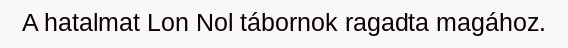
A hatalmat Lon Nol tábornok ragadta magához.